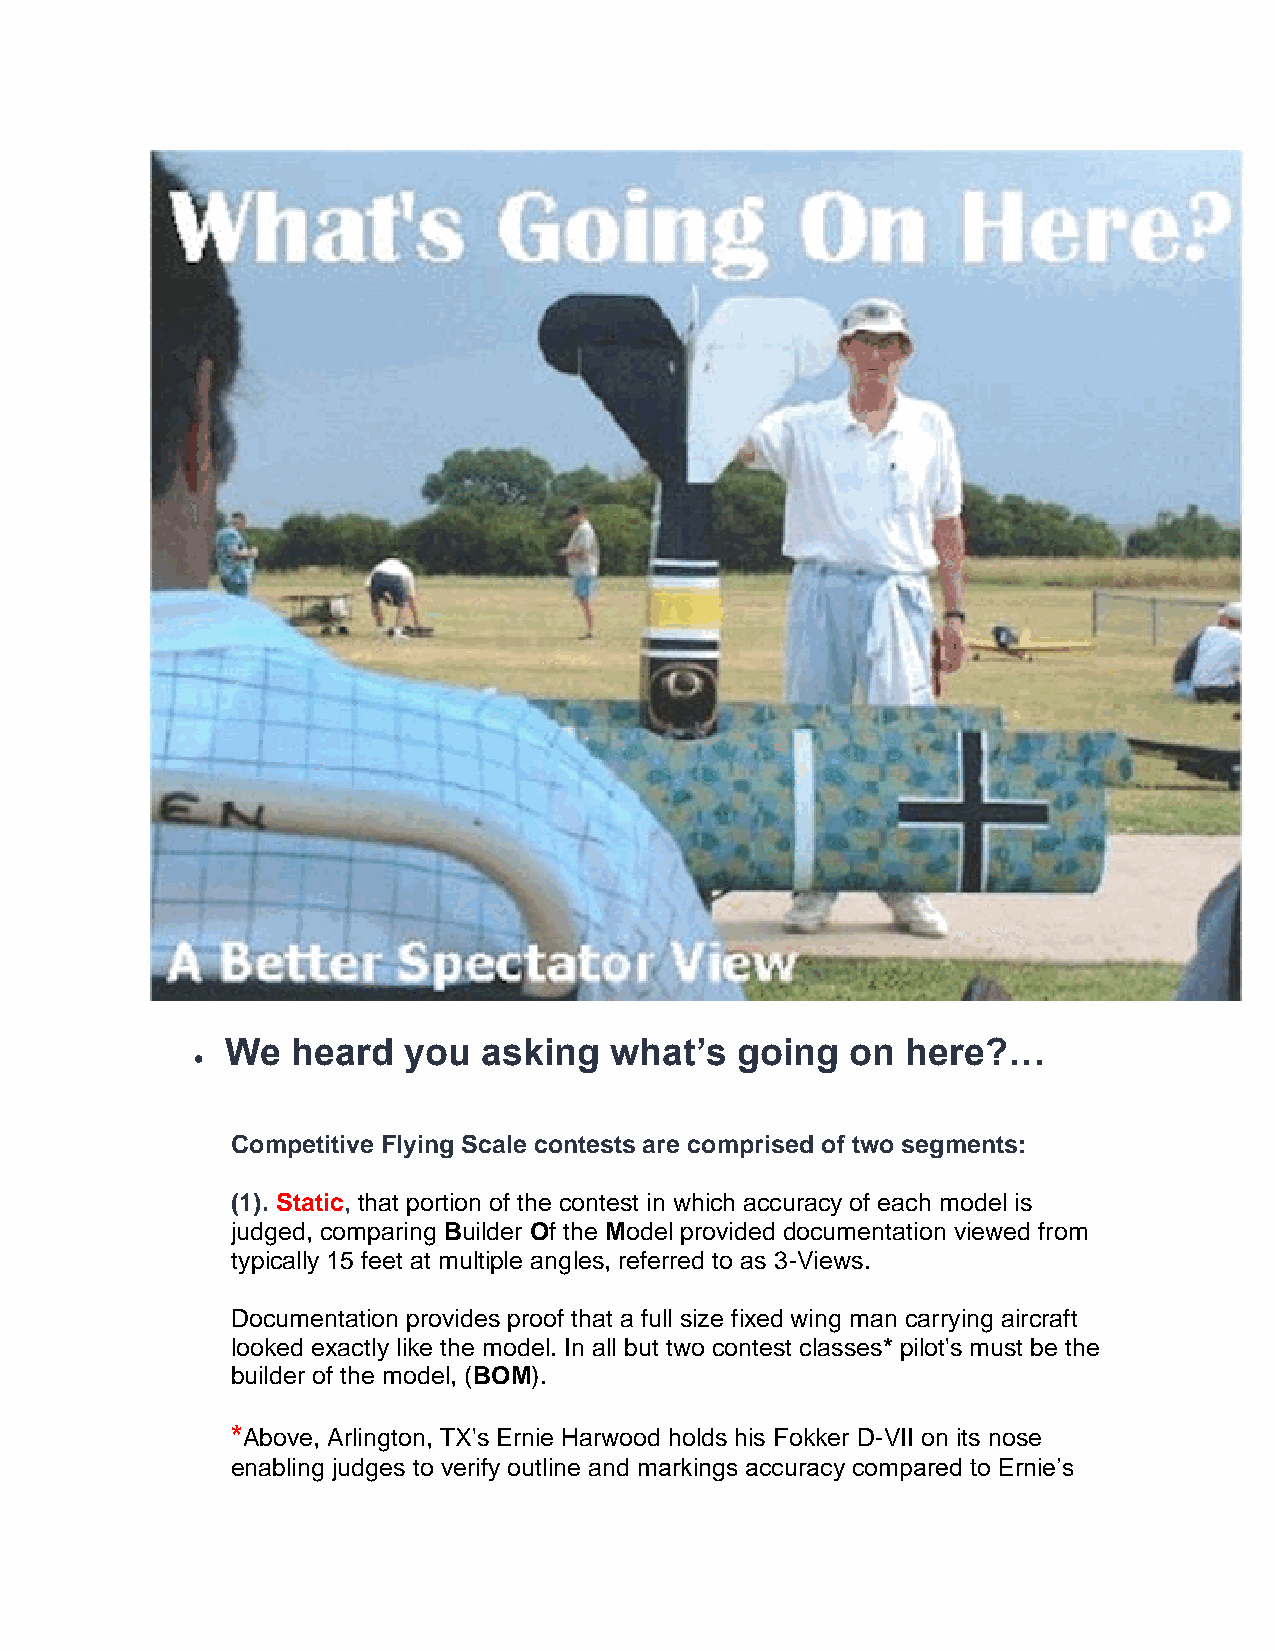
We  heard   you  asking  what’s   going  on  here?…
 •
 Competitive Flying Scale contests are comprised of two segments:
 (1). Static, that portion of the contest in which accuracy of each model is
 judged, comparing Builder Of the Model provided documentation viewed from
 typically 15 feet at multiple angles, referred to as 3-Views.
 Documentation provides proof that a full size fixed wing man carrying aircraft
 looked exactly like the model. In all but two contest classes* pilot's must be the
 builder of the model, (BOM).
 *Above, Arlington, TX's Ernie Harwood holds his Fokker D-VII on its nose
 enabling judges to verify outline and markings accuracy compared to Ernie’s